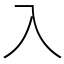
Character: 入